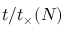
t / t _ { \times } ( N )